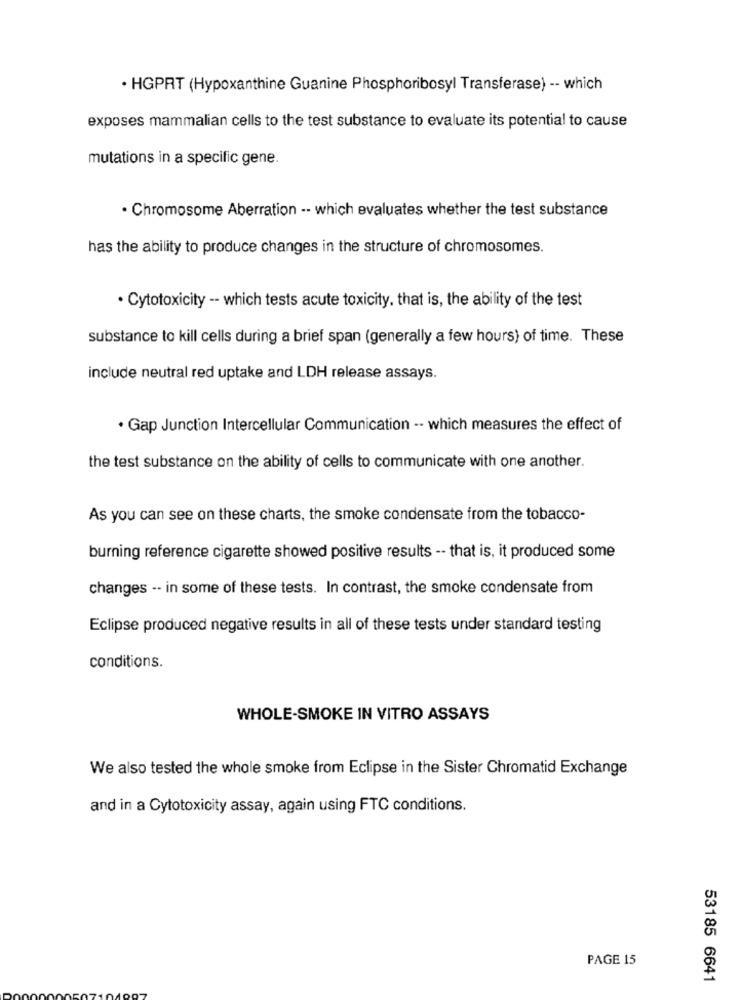
. HGPRT (Hypoxanthine Guanine Phosphoribosyl Transferase) -- which
exposes mammalian cells to the test substance to evaluate its potential to cause
mutations in a specific gene.
· Chromosome Aberration -- which evaluates whether the test substance
has the ability to produce changes in the structure of chromosomes.
. Cytotoxicity -- which tests acute toxicity. that is, the ability of the test
substance to kill cells during a brief span (generally a few hours) of time. These
include neutral red uptake and LDH release assays.
. Gap Junction Intercellular Communication -- which measures the effect of
the test substance on the ability of cells to communicate with one another.
As you can see on these charts, the smoke condensate from the tobacco-
burning reference cigarette showed positive results -- that is, it produced some
changes -- in some of these tests. In contrast, the smoke condensate from
Eclipse produced negative results in all of these tests under standard testing
conditions.
WHOLE-SMOKE IN VITRO ASSAYS
We also tested the whole smoke from Eclipse in the Sister Chromatid Exchange
and in a Cytotoxicity assay, again using FTC conditions.
PAGE 15
53185 6641